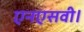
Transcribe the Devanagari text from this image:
एनएसवी।